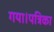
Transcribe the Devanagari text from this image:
गया।पत्रिका